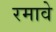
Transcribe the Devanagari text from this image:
रमावे